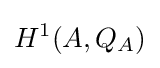
H^{1}(A,Q_{A})